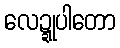
လေဍ္ဍုပါတော